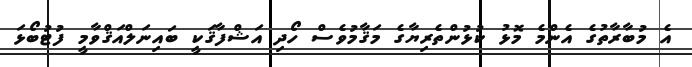
އެ މުބާރާތުގެ އެންމެ މޮޅު ކުޅުންތެރިޔާގެ މަޤާމުވެސް ހޯދި އަޝްފާޤަކީ ބައިނަލްއަޤްވާމީ ފުޓުބޯޅަ